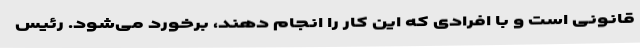
قانونی است و با افرادی که این کار را انجام دهند، برخورد می‌شود. رئیس